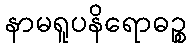
နာမရူပနိရောဓဉ္စ